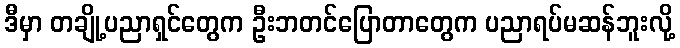
ဒီမှာ တချို့ပညာရှင်တွေက ဦးဘတင်ပြောတာတွေက ပညာရပ်မဆန်ဘူးလို့